Report of the Municipal Commissioner on the plague in Bombay for the year ending 31st May... - Volume 3
Disease focus: Plague
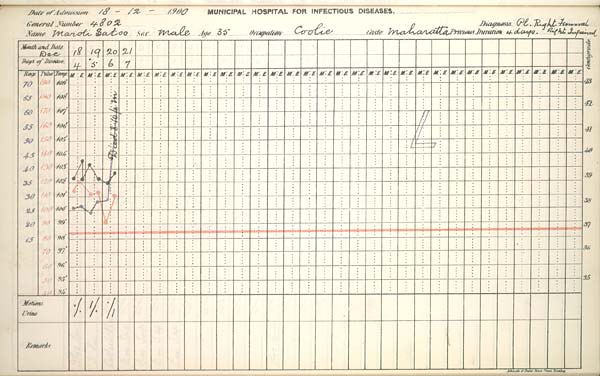
Date
of
Admission
1900
MUNICIPAL
HOSPITAL
FOR
INFECTIOUS
DISEASES.
General
Number
Diagnosis
Name
Sex
Age
Occupation
Caste
Previous
Duration